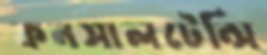
কনসালটেন্সি